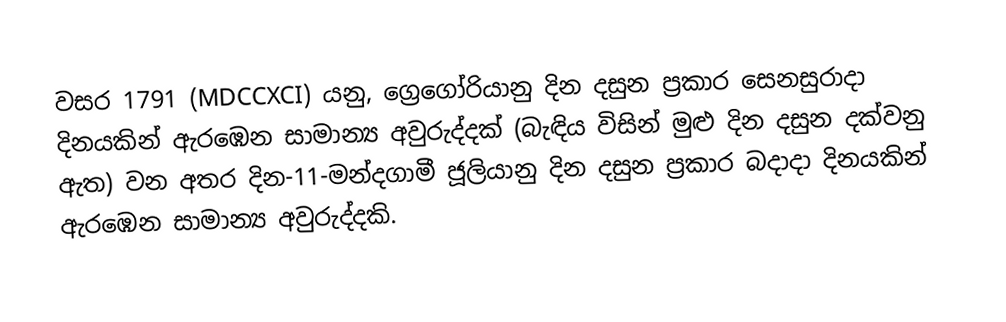

වසර 1791 (MDCCXCI) යනු, ග්‍රෙගෝරියානු දින දසුන ප්‍රකාර  සෙනසුරාදා දිනයකින් ඇරඹෙන සාමාන්‍ය අවුරුද්දක් (බැඳිය විසින් මුළු දින දසුන දක්වනු ඇත) වන අතර දින-11-මන්දගාමී ජූලියානු දින දසුන ප්‍රකාර  බදාදා දිනයකින් ඇරඹෙන සාමාන්‍ය අවුරුද්දකි.